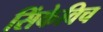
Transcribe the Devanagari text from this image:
सिंकेविच